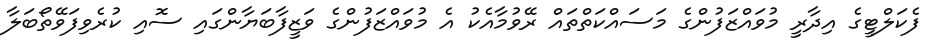
ފެކަލްޓީގެ އިދާރީ މުވައްޒަފުންގެ މަސައްކަތްތައް ރޭވުމާއެކު އެ މުވައްޒަފުންގެ ވަޒީފާބަޔާންގައި ސޮއި ކުރެވިފަވޭތޯބަލާ